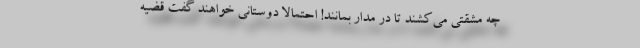
چه مشقتی می‌کشند تا در مدار بمانند! احتمالا دوستانی خواهند گفت قضیه